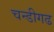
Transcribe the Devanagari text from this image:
चन्डीगढ